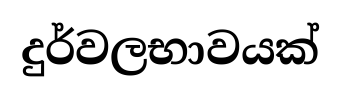
දුර්වලභාවයක්